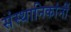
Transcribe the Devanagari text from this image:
संस्थानिकांनीं